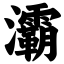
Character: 灞